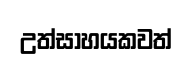
උත්සාහයකවත්